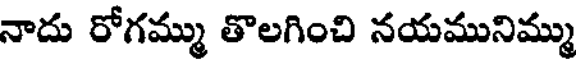
నాదు రోగమ్ము తొలగించి నయమునిమ్ము